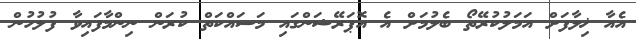
އެއާ ޚިލާފަށް އަމަލުކުރޭތޯ ބެލުމަށް އެ އޮޕަރޭޝަންގައި މަސައްކަތް ކުރަން ނިންމާފައިވާ ފުލުހުން